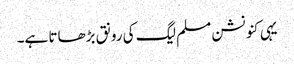
یہی کنونشن مسلم لیگ کی رونق بڑھاتا ہے۔